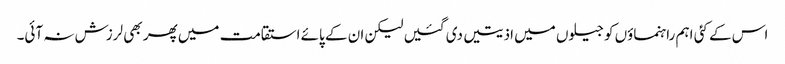
اس کے کئی اہم راہنماؤں کو جیلوں میں اذیتیں دی گئیں لیکن ان کے پائے استقامت میں پھر بھی لرزش نہ آئی۔